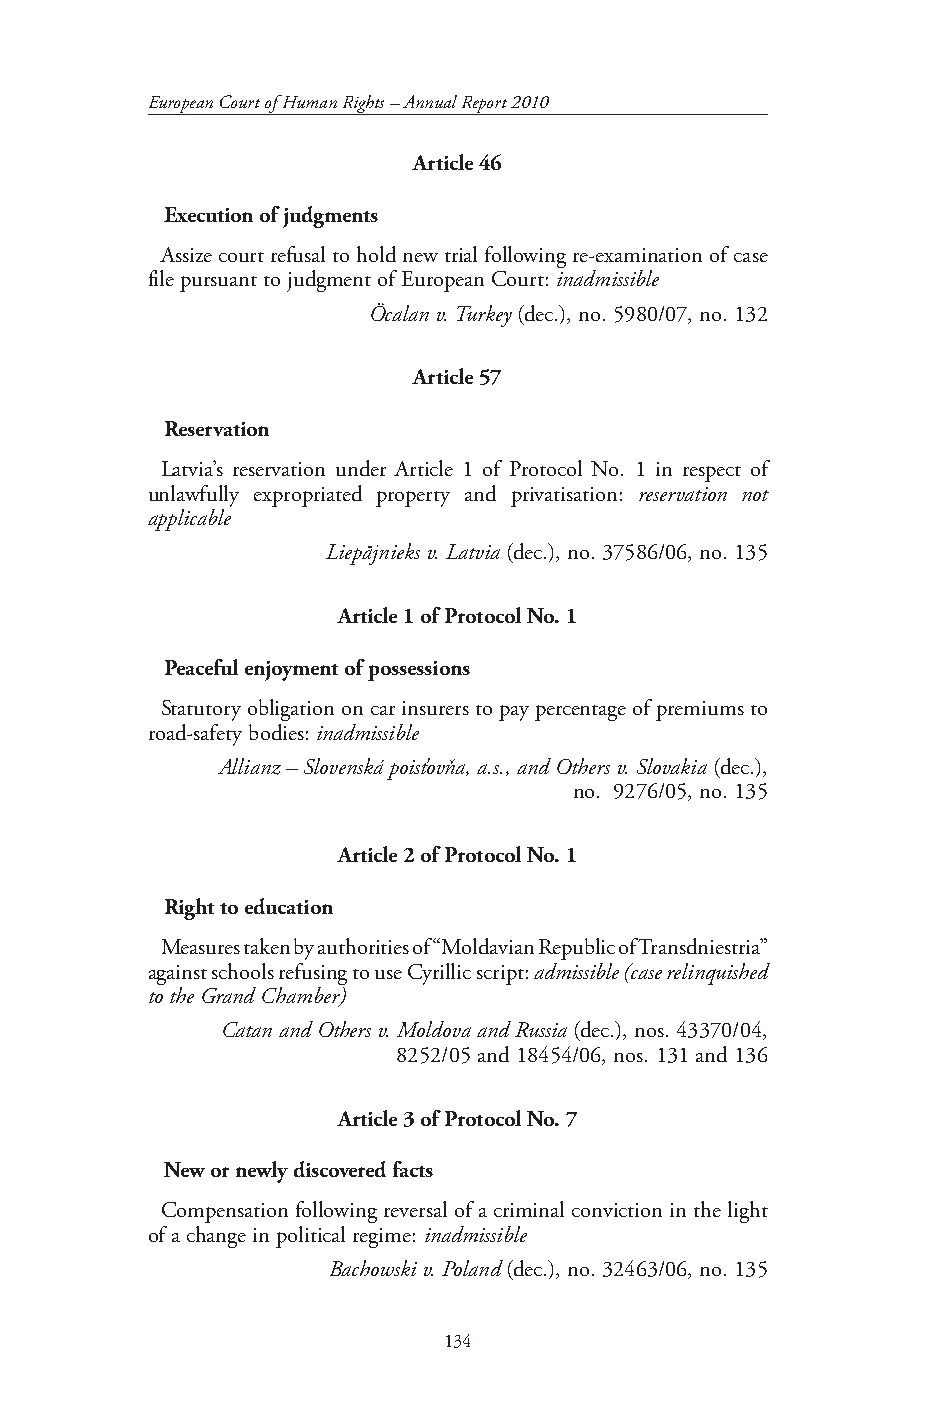
European Court of Human Rights – Annual Report 2010
 Article 46
 Execution of judgments
 Assize court refusal to hold new trial following re-examination of case
 file pursuant to judgment of European Court: inadmissible
 Öcalan v. Turkey (dec.), no. 5980/07, no. 132
 Article 57
 Reservation
 Latvia’s reservation under Article 1 of Protocol No. 1 in respect of
 unlawfully expropriated property and privatisation: reservation not
 applicable
 Liepājnieks v. Latvia (dec.), no. 37586/06, no. 135
 Article 1 of Protocol No. 1
 Peaceful enjoyment of possessions
 Statutory obligation on car insurers to pay percentage of premiums to
 road-safety bodies: inadmissible
 Allianz – Slovenská poisťovňa, a.s., and Others v. Slovakia (dec.),
 no. 9276/05, no. 135
 Article 2 of Protocol No. 1
 Right to education
 Measures taken by authorities of “Moldavian Republic of Transdniestria”
 against schools refusing to use Cyrillic script: admissible (case relinquished
 to the Grand Chamber)
 Catan and Others v. Moldova and Russia (dec.), nos. 43370/04,
 8252/05 and 18454/06, nos. 131 and 136
 Article 3 of Protocol No. 7
 New or newly discovered facts
 Compensation following reversal of a criminal conviction in the light
 of a change in political regime: inadmissible
 Bachowski v. Poland (dec.), no. 32463/06, no. 135
 134